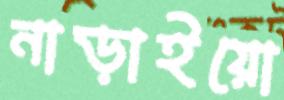
নাড়াইয়ো